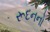
રૂદનનો